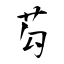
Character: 芶